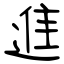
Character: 進